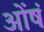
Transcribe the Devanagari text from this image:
ओंषं